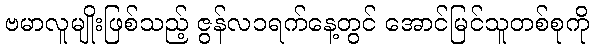
ဗမာလူမျိုးဖြစ်သည့် ဇွန်လ၁ရက်နေ့တွင် အောင်မြင်သူတစ်စုကို